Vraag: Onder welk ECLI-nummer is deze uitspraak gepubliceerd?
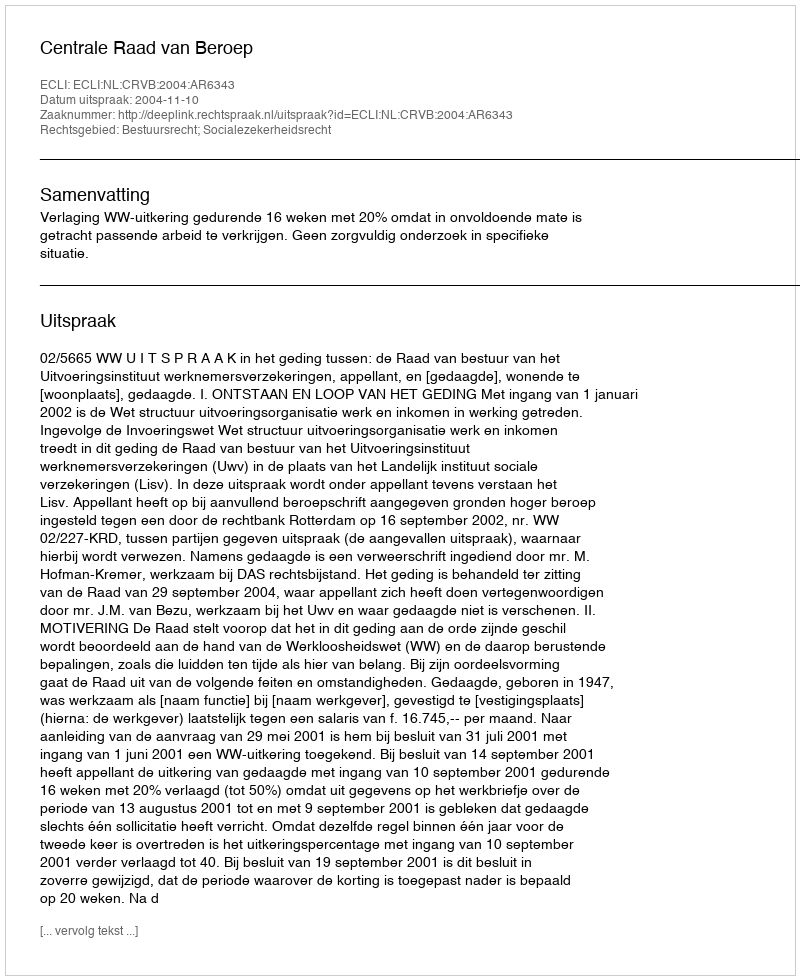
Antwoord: ECLI:NL:CRVB:2004:AR6343